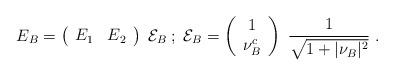
LaTeX: \begin{align*} E_B=\left(\begin{array}{cc}E_1 & E_2\end{array}\right)\;{\cal E}_B\;;\;{\cal E}_B=\left(\begin{array}{c}1 \\ \nu_B^c\end{array}\right)\;{1\over\sqrt{1+\vert\nu_B\vert^2}}\;.\end{align*}